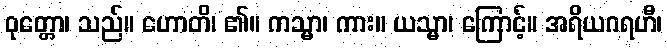
ဝုတ္တော၊ သည်။ ဟောတိ၊ ၏။ ကသ္မာ၊ ကား။ ယသ္မာ၊ ကြောင့်။ အရိယဂရဟီ၊